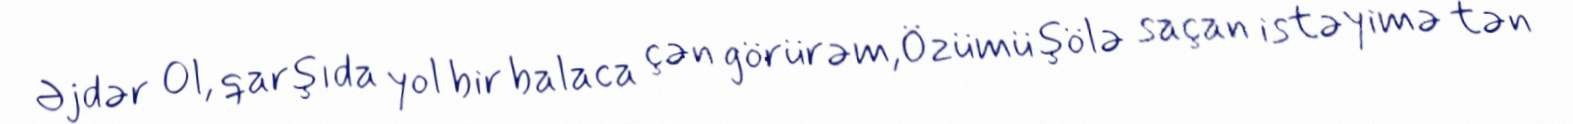
Əjdər Ol, qarşıda yol bir balaca çən görürəm,Özümü şölə saçan istəyimə tən